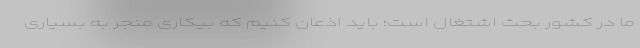
ما در کشور بحث اشتغال است؛ باید اذعان کنیم که بیکاری منجر به بسیاری